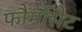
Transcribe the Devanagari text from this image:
फौर्मोसैट